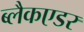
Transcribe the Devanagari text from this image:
ब्लैकएडर